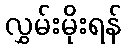
လွှမ်းမိုးရန်